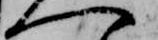
へ